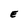
Character: E